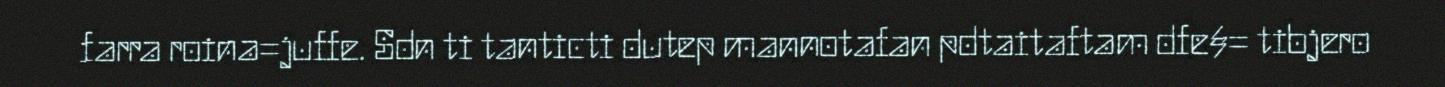
farra roina=juffe. Sdn ti tanticti dutep mannotafan pdtaitaftam dfe§= tibjero